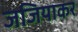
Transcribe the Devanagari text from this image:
जजियाकर